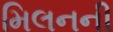
મિલનની